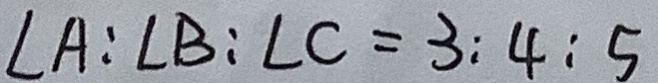
\angle A : \angle B : \angle C = 3 : 4 : 5